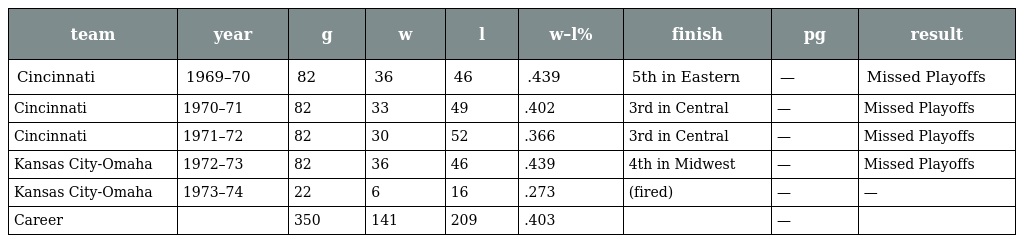
| team | year | g | w | l | w–l% | finish | pg | result |
 | --- | --- | --- | --- | --- | --- | --- | --- | --- |
 | Cincinnati | 1969–70 | 82 | 36 | 46 | .439 | 5th in Eastern | — | Missed Playoffs |
 | Cincinnati | 1970–71 | 82 | 33 | 49 | .402 | 3rd in Central | — | Missed Playoffs |
 | Cincinnati | 1971–72 | 82 | 30 | 52 | .366 | 3rd in Central | — | Missed Playoffs |
 | Kansas City-Omaha | 1972–73 | 82 | 36 | 46 | .439 | 4th in Midwest | — | Missed Playoffs |
 | Kansas City-Omaha | 1973–74 | 22 | 6 | 16 | .273 | (fired) | — | — |
 | Career |  | 350 | 141 | 209 | .403 |  | — |  |